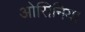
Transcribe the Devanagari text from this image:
ओसिनिया